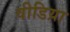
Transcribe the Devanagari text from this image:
वीडिय़ा